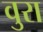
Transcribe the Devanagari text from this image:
वुरा